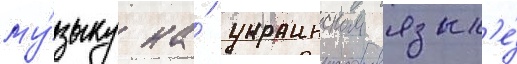
му́зыку на́ украинском язык'е́